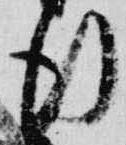
行